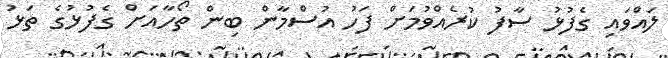
ލައްވައި ގެފުޅު ސާފު ކުރެއްވުމަށް ފަހު އުސްމާން ބިން ތޯހާއަށް ގެފުޅުގެ ތަޅު